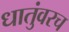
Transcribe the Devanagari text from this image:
धातुंवरच